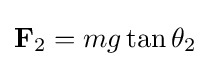
\mathbf {F} _{2}=mg\tan \theta _{2}